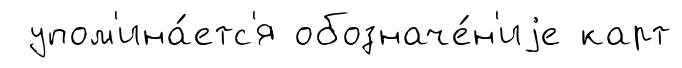
упом'ина́етс'я обозначе́н'иjе карт